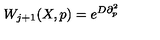
W _ { j + 1 } ( X , p ) = e ^ { D \partial _ { p } ^ { 2 } }